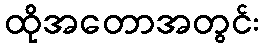
ထိုအတောအတွင်း